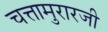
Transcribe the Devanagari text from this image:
चत्तामुरारजी